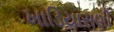
ખાડિયાસણી